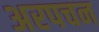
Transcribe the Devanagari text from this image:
अरपचन